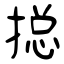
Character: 搃